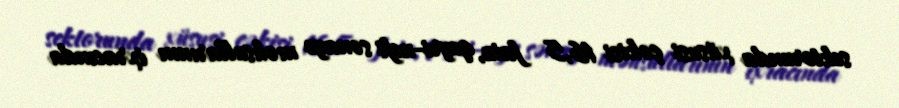
sektorunda xüsusi çəkisi 16,5 faiz, qeyri-neft sənaye məhsullarının ixracında